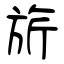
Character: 旂